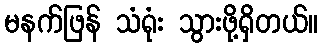
မနက်ဖြန် သံရုံး သွားဖို့ရှိတယ်။